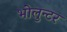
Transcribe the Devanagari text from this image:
भोलुन्टर